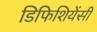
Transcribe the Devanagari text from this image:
डिफिशियेंसी